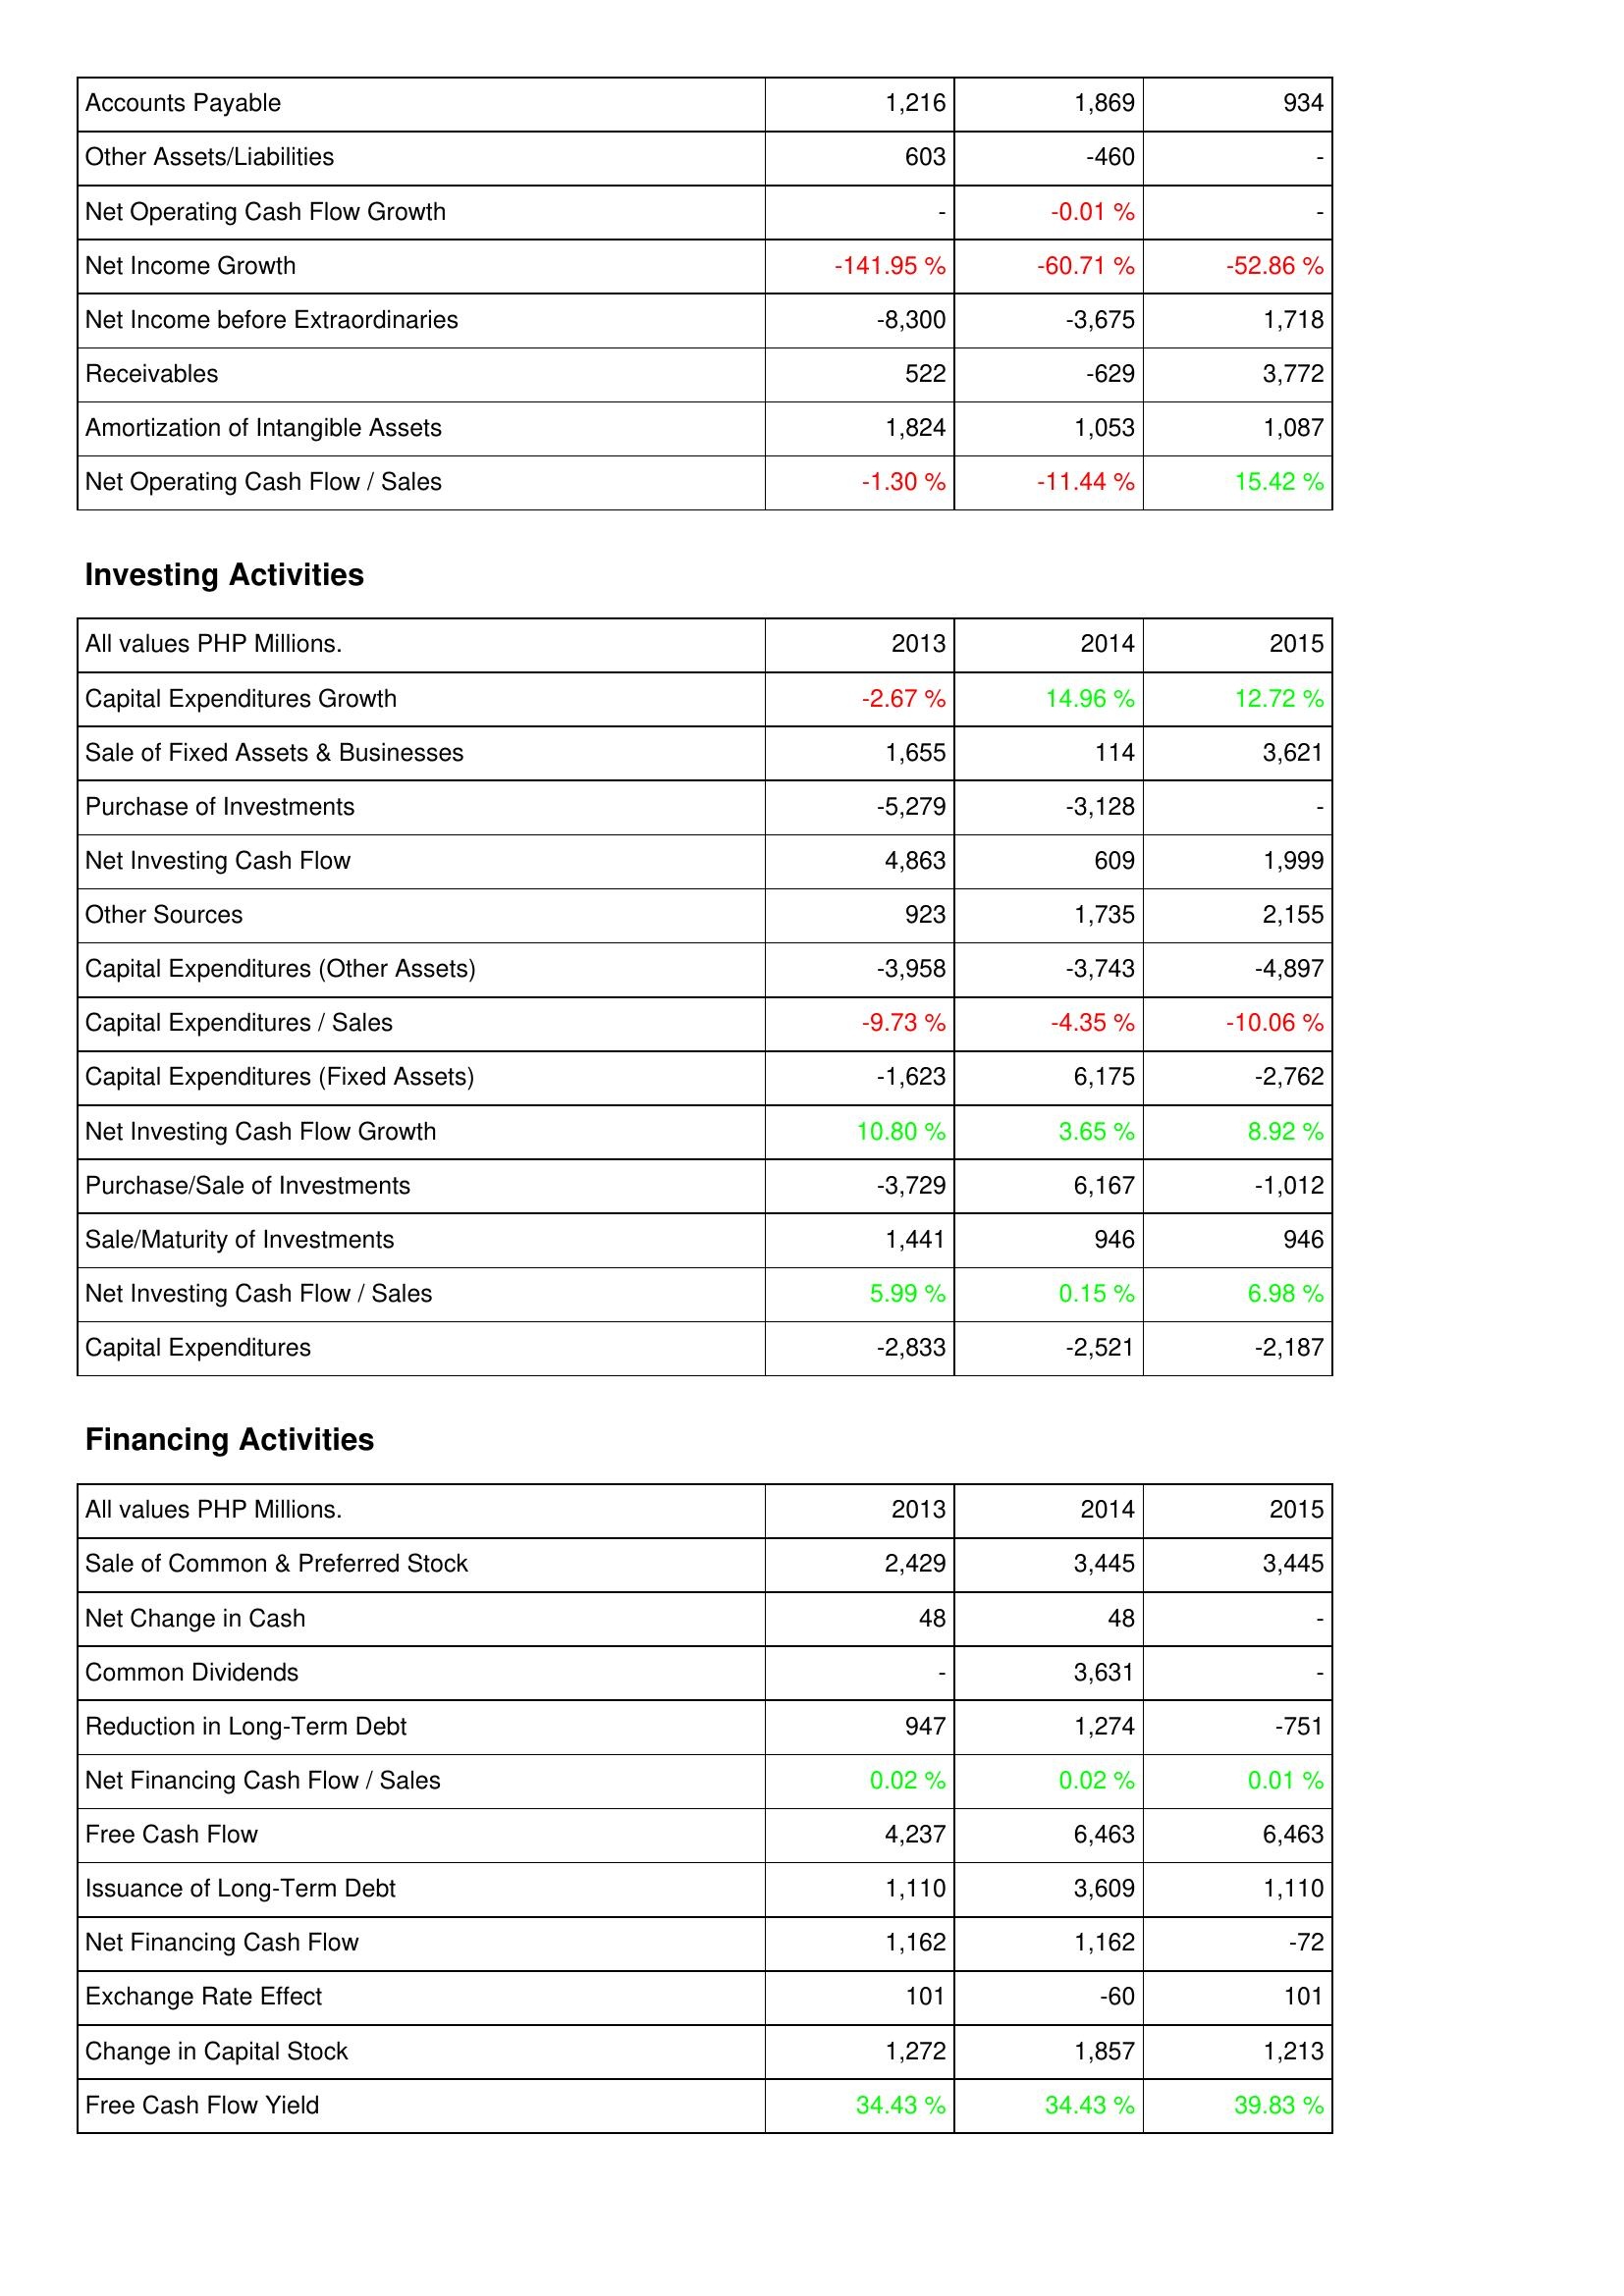
2013: Operating Activities: Accounts Payable: 1,216
Other Assets/Liabilities: 603
Net Operating Cash Flow Growth: -
Net Income Growth: -141.95 %
Net Income before Extraordinaries: -8,300
Receivables: 522
Amortization of Intangible Assets: 1,824
Net Operating Cash Flow / Sales: -1.30 %
Investing Activities: Capital Expenditures Growth: -2.67 %
Sale of Fixed Assets & Businesses: 1,655
Purchase of Investments: -5,279
Net Investing Cash Flow: 4,863
Other Sources: 923
Capital Expenditures (Other Assets): -3,958
Capital Expenditures / Sales: -9.73 %
Capital Expenditures (Fixed Assets): -1,623
Net Investing Cash Flow Growth: 10.80 %
Purchase/Sale of Investments: -3,729
Sale/Maturity of Investments: 1,441
Net Investing Cash Flow / Sales: 5.99 %
Capital Expenditures: -2,833
Financing Activities: Sale of Common & Preferred Stock: 2,429
Net Change in Cash: 48
Common Dividends: -
Reduction in Long-Term Debt: 947
Net Financing Cash Flow / Sales: 0.02 %
Free Cash Flow: 4,237
Issuance of Long-Term Debt: 1,110
Net Financing Cash Flow: 1,162
Exchange Rate Effect: 101
Change in Capital Stock: 1,272
Free Cash Flow Yield: 34.43 %
2014: Operating Activities: Accounts Payable: 1,869
Other Assets/Liabilities: -460
Net Operating Cash Flow Growth: -0.01 %
Net Income Growth: -60.71 %
Net Income before Extraordinaries: -3,675
Receivables: -629
Amortization of Intangible Assets: 1,053
Net Operating Cash Flow / Sales: -11.44 %
Investing Activities: Capital Expenditures Growth: 14.96 %
Sale of Fixed Assets & Businesses: 114
Purchase of Investments: -3,128
Net Investing Cash Flow: 609
Other Sources: 1,735
Capital Expenditures (Other Assets): -3,743
Capital Expenditures / Sales: -4.35 %
Capital Expenditures (Fixed Assets): 6,175
Net Investing Cash Flow Growth: 3.65 %
Purchase/Sale of Investments: 6,167
Sale/Maturity of Investments: 946
Net Investing Cash Flow / Sales: 0.15 %
Capital Expenditures: -2,521
Financing Activities: Sale of Common & Preferred Stock: 3,445
Net Change in Cash: 48
Common Dividends: 3,631
Reduction in Long-Term Debt: 1,274
Net Financing Cash Flow / Sales: 0.02 %
Free Cash Flow: 6,463
Issuance of Long-Term Debt: 3,609
Net Financing Cash Flow: 1,162
Exchange Rate Effect: -60
Change in Capital Stock: 1,857
Free Cash Flow Yield: 34.43 %
2015: Operating Activities: Accounts Payable: 934
Other Assets/Liabilities: -
Net Operating Cash Flow Growth: -
Net Income Growth: -52.86 %
Net Income before Extraordinaries: 1,718
Receivables: 3,772
Amortization of Intangible Assets: 1,087
Net Operating Cash Flow / Sales: 15.42 %
Investing Activities: Capital Expenditures Growth: 12.72 %
Sale of Fixed Assets & Businesses: 3,621
Purchase of Investments: -
Net Investing Cash Flow: 1,999
Other Sources: 2,155
Capital Expenditures (Other Assets): -4,897
Capital Expenditures / Sales: -10.06 %
Capital Expenditures (Fixed Assets): -2,762
Net Investing Cash Flow Growth: 8.92 %
Purchase/Sale of Investments: -1,012
Sale/Maturity of Investments: 946
Net Investing Cash Flow / Sales: 6.98 %
Capital Expenditures: -2,187
Financing Activities: Sale of Common & Preferred Stock: 3,445
Net Change in Cash: -
Common Dividends: -
Reduction in Long-Term Debt: -751
Net Financing Cash Flow / Sales: 0.01 %
Free Cash Flow: 6,463
Issuance of Long-Term Debt: 1,110
Net Financing Cash Flow: -72
Exchange Rate Effect: 101
Change in Capital Stock: 1,213
Free Cash Flow Yield: 39.83 %